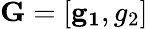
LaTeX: \mathbf{G}=[\mathbf{g_{1}},g_{2}]